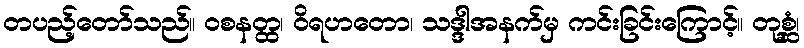
တပည့်တော်သည်။ ဝစနတ္ထ၊ ဝိရဟတော၊ သဒ္ဒါအနက်မှ ကင်းခြင်းကြောင့်။ တုစ္ဆံ၊